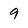
Character: 9